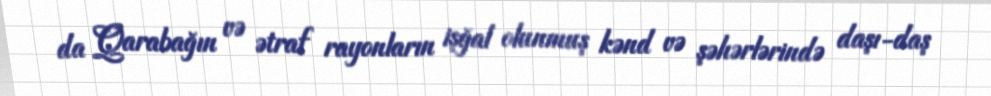
da Qarabağın və ətraf rayonların işğal olunmuş kənd və şəhərlərində daşı-daş